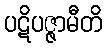
ပဋိပဇ္ဇာမီတိ